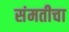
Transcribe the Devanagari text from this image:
संमतीचा